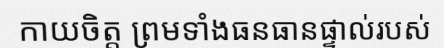
កាយចិត្ត ព្រមទាំងធនធានផ្ទាល់របស់